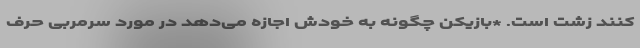
کنند زشت است. *بازیکن چگونه به خودش اجازه می‌دهد در مورد سرمربی حرف